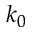
k _ { 0 }